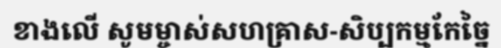
ខាងលើ សូមម្ចាស់សហគ្រាស-សិប្បកម្មកែច្នៃ